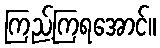
ကြည့်ကြရအောင်။